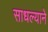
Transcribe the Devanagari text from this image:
साधल्याने